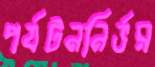
পর্যটননির্ভর